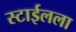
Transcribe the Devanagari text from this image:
स्टाईलला